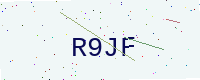
Text: R9JF